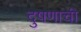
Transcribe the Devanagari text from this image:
दुषणाची